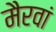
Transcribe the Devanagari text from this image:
मैरवां